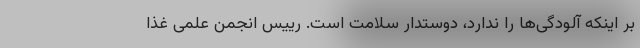
بر اینکه آلودگی‌ها را ندارد، دوستدار سلامت است. رییس انجمن علمی غذا